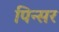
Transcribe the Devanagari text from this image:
पिन्सर